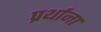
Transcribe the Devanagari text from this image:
प्रर्थाना